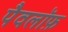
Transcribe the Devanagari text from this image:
पैवलॉफ़